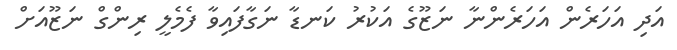
އަދި އަހަރެން އަހަރެންނާ ނަޒޫގެ އަކުރު ކަނޑާ ނަގާފައިވާ ފެމެލީ ރިންގް ނަޒޫއަށް